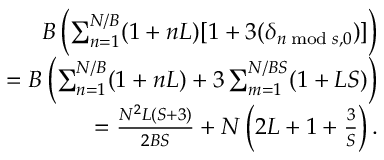
\begin{array} { r } { B \left( \sum _ { n = 1 } ^ { N / B } ( 1 + n L ) [ 1 + 3 ( \delta _ { n \; \mathrm { m o d } \; s , 0 } ) ] \right) } \\ { = B \left( \sum _ { n = 1 } ^ { N / B } ( 1 + n L ) + 3 \sum _ { m = 1 } ^ { N / B S } ( 1 + L S ) \right) } \\ { = \frac { N ^ { 2 } L ( S + 3 ) } { 2 B S } + N \left( 2 L + 1 + \frac { 3 } { S } \right) . } \end{array}